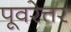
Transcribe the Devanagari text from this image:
पूवरेत्तर